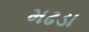
મઢડા